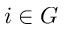
i \in G